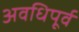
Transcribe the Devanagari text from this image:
अवधिपूर्व